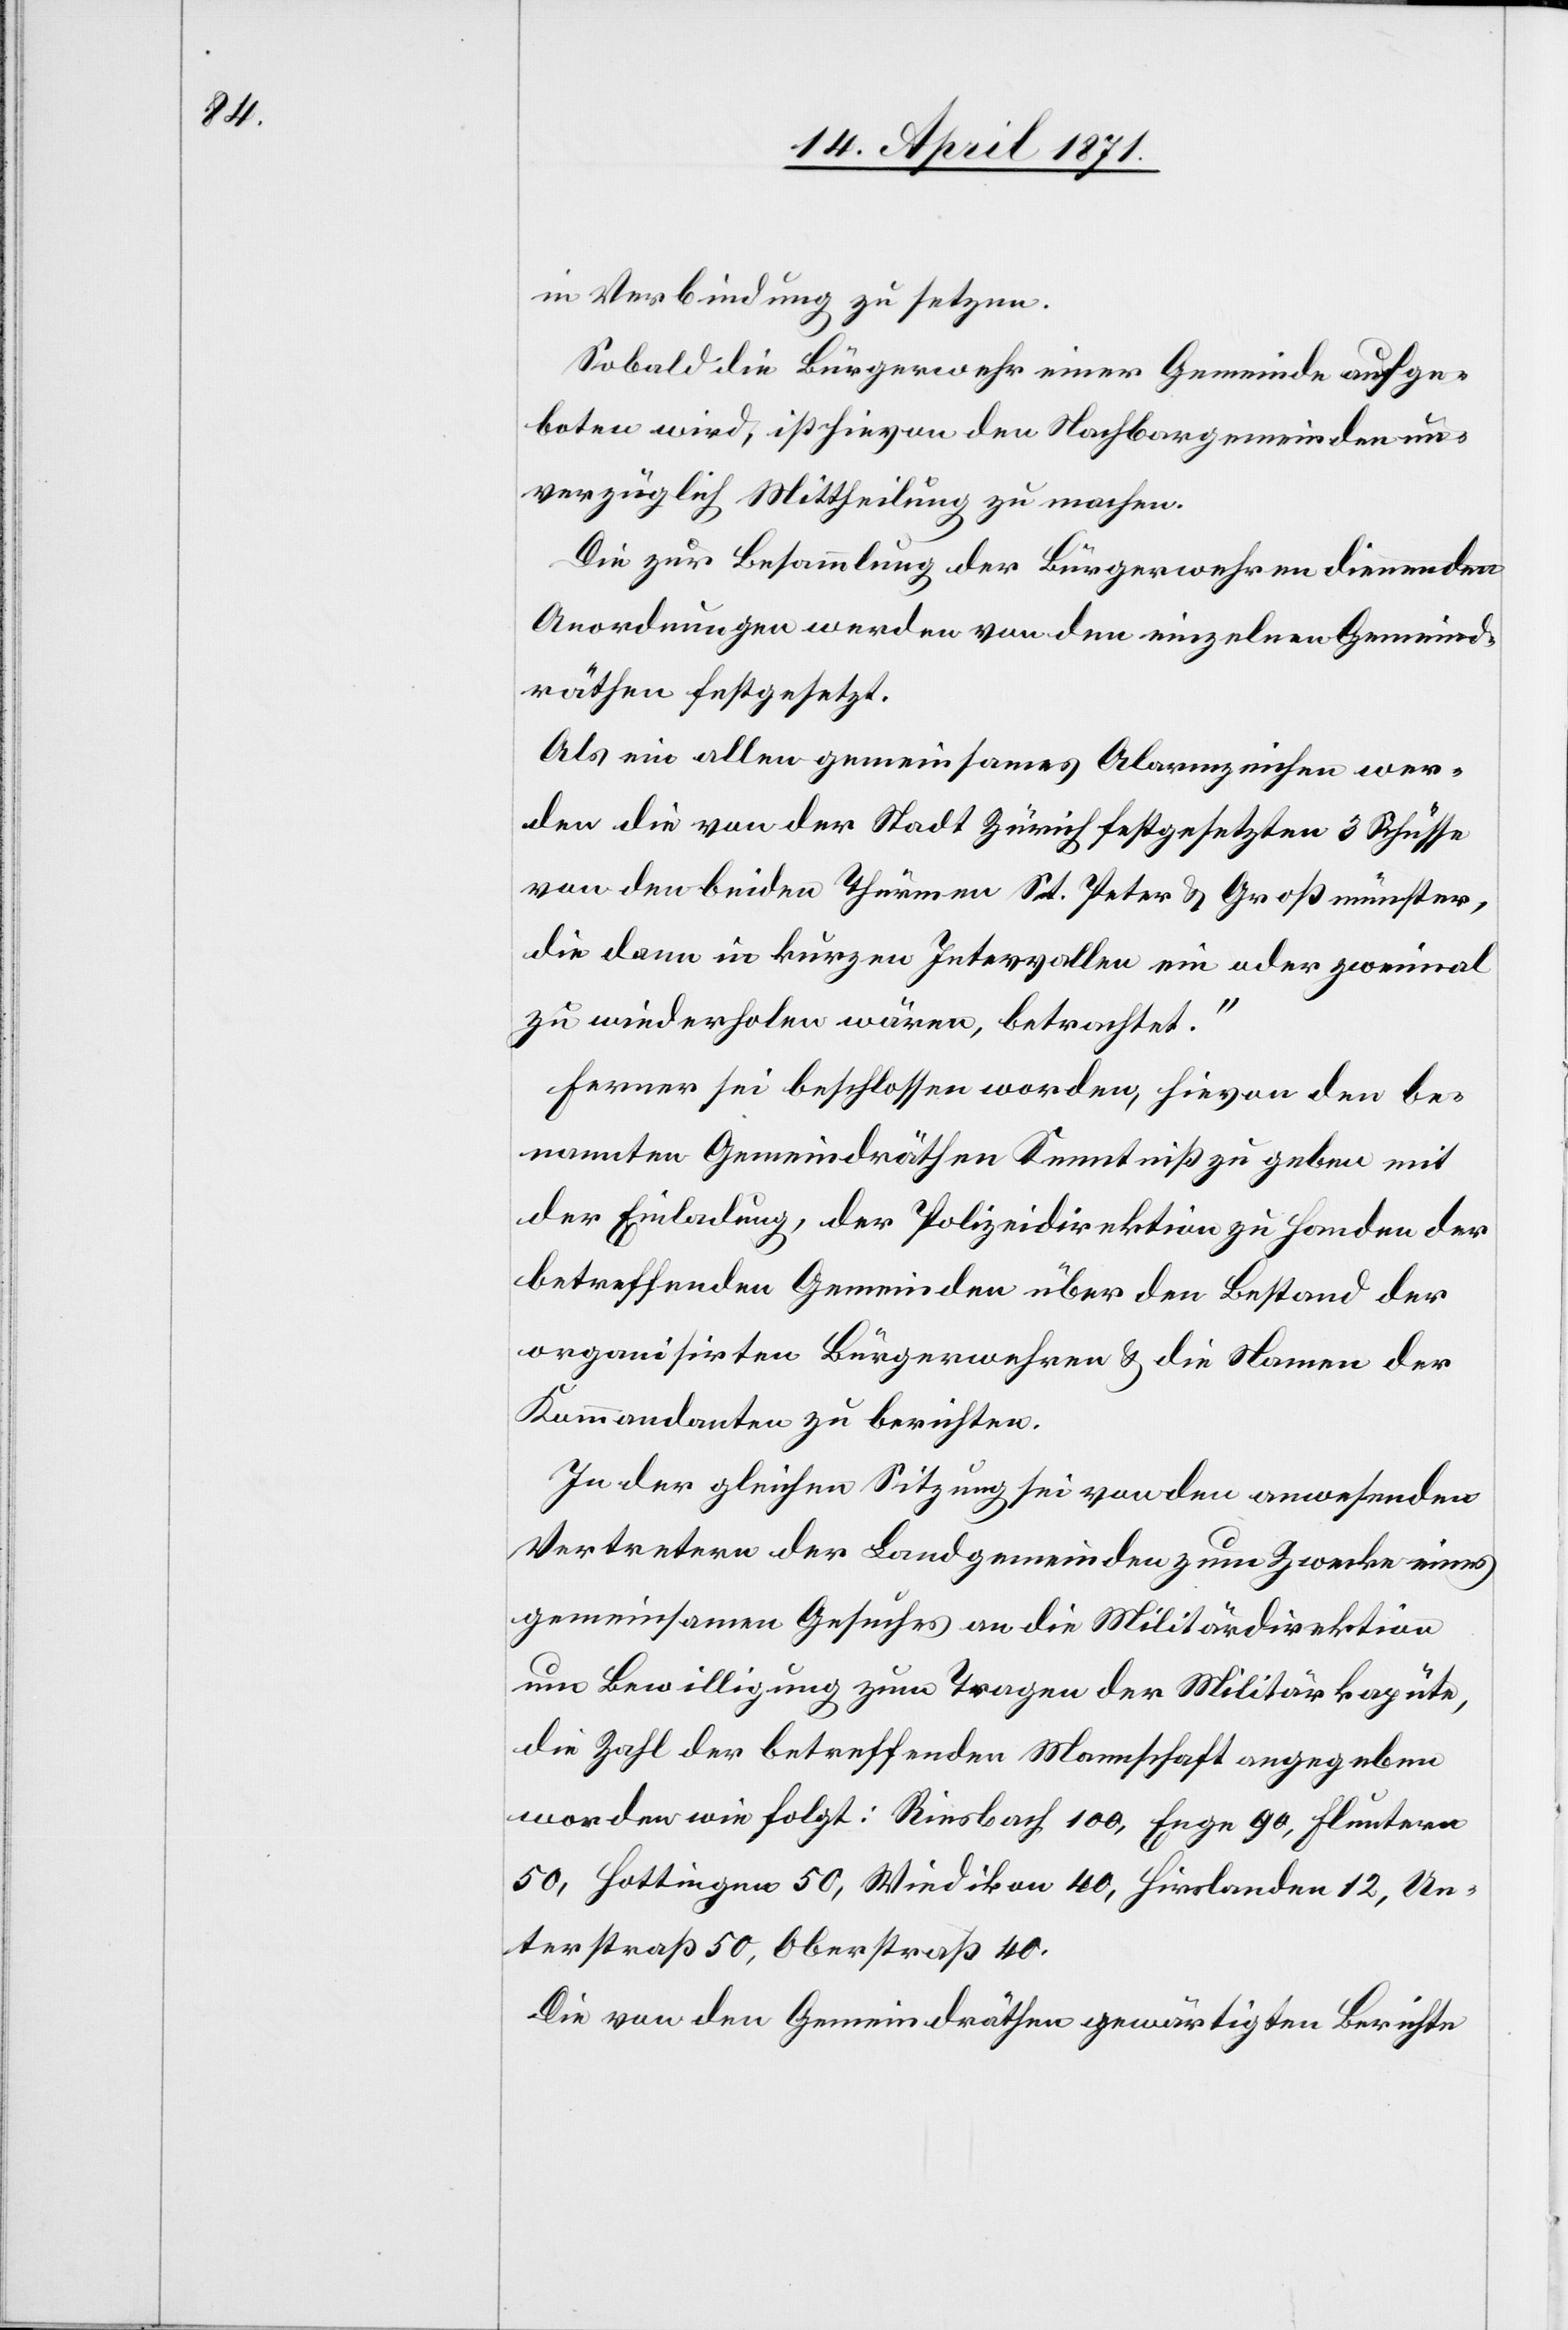
in Verbindung zu setzen.
Sobald die Bürgerwehr einer Gemeinde aufge¬
boten wird, ist hievon den Nachbargemeinden un¬
verzüglich Mittheilung zu machen.
Die zur Besammlung der Bürgerwehren dienenden
Anordnungen werden von den einzelnen Gemeind¬
räthen festgesetzt.
Als ein allen gemeinsames Alarmzeichen wer¬
den die von der Stadt Zürich festgesetzten 3 Schüsse
von den beiden Thürmen St. Peter u. Großmünster,
die dann in kurzen Intervallen ein oder zweimal
zu wiederholen wären, betrachtet.“
Ferner sei beschlossen worden, hievon den be¬
nannten Gemeindräthen Kenntniß zu geben mit
der Einladung, der Polizeidirektion zu Handen der
betreffenden Gemeinden über den Bestand der
organisirten Bürgerwehren u. die Namen der
Kommandanten zu berichten.
In der gleichen Sitzung sei von den anwesenden
Vertretern der Landgemeinden zum Zwecke eines
gemeinsamen Gesuches an die Militärdirektion
um Bewilligung zum Tragen der Militärkapüte,
die Zahl der betreffenden Mannschaft angegeben
worden wie folgt: Riesbach 100, Enge 90, Fluntern
50, Hottingen 50, Wiedikon 40, Hirslanden 12, Un¬
terstraß 50, Oberstraß 40.
Die von den Gemeindräthen gewärtigten Berichte